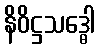
နိဝိဋ္ဌသဒ္ဓေါ